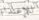
للإعتداء